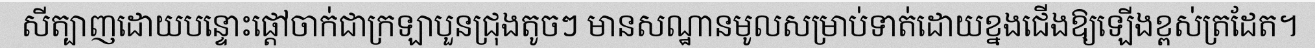
សីត្បាញដោយបន្ទោះផ្តៅចាក់ជាក្រឡាបួនជ្រុងតូចៗ មានសណ្ឋានមូលសម្រាប់ទាត់ដោយខ្នងជើងឱ្យឡើងខ្ពស់ត្រដែត។